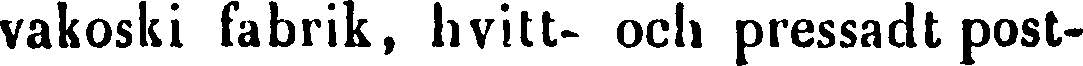
vakoski fabrik, hvitt- och pressadt post-